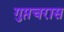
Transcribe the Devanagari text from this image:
गुप्तचरास